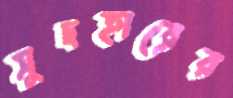
সুদহারের